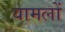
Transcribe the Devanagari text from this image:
यामलों